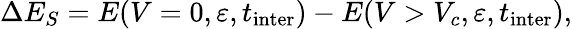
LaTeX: \Delta E_{S}=E(V=0,\varepsilon,t_{\textrm{inter}})-E(V>V_{c},\varepsilon,t_{\textrm{inter}}),